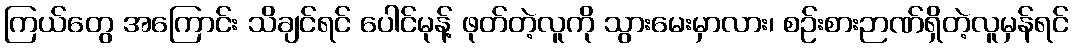
ကြယ်တွေ အကြောင်း သိချင်ရင် ပေါင်မုန့် ဖုတ်တဲ့လူကို သွားမေးမှာလား၊ စဉ်းစားဉာဏ်ရှိတဲ့လူမှန်ရင်